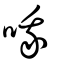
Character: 哦